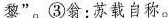
黎”。③翁：苏载自称。